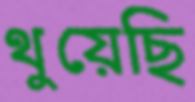
থুয়েছি